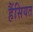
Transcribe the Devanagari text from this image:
हैंसियत